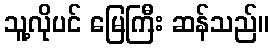
သူ့လိုပင် မြေကြီး ဆန်သည်။